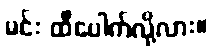
မင်း ထီပေါက်လို့လား။